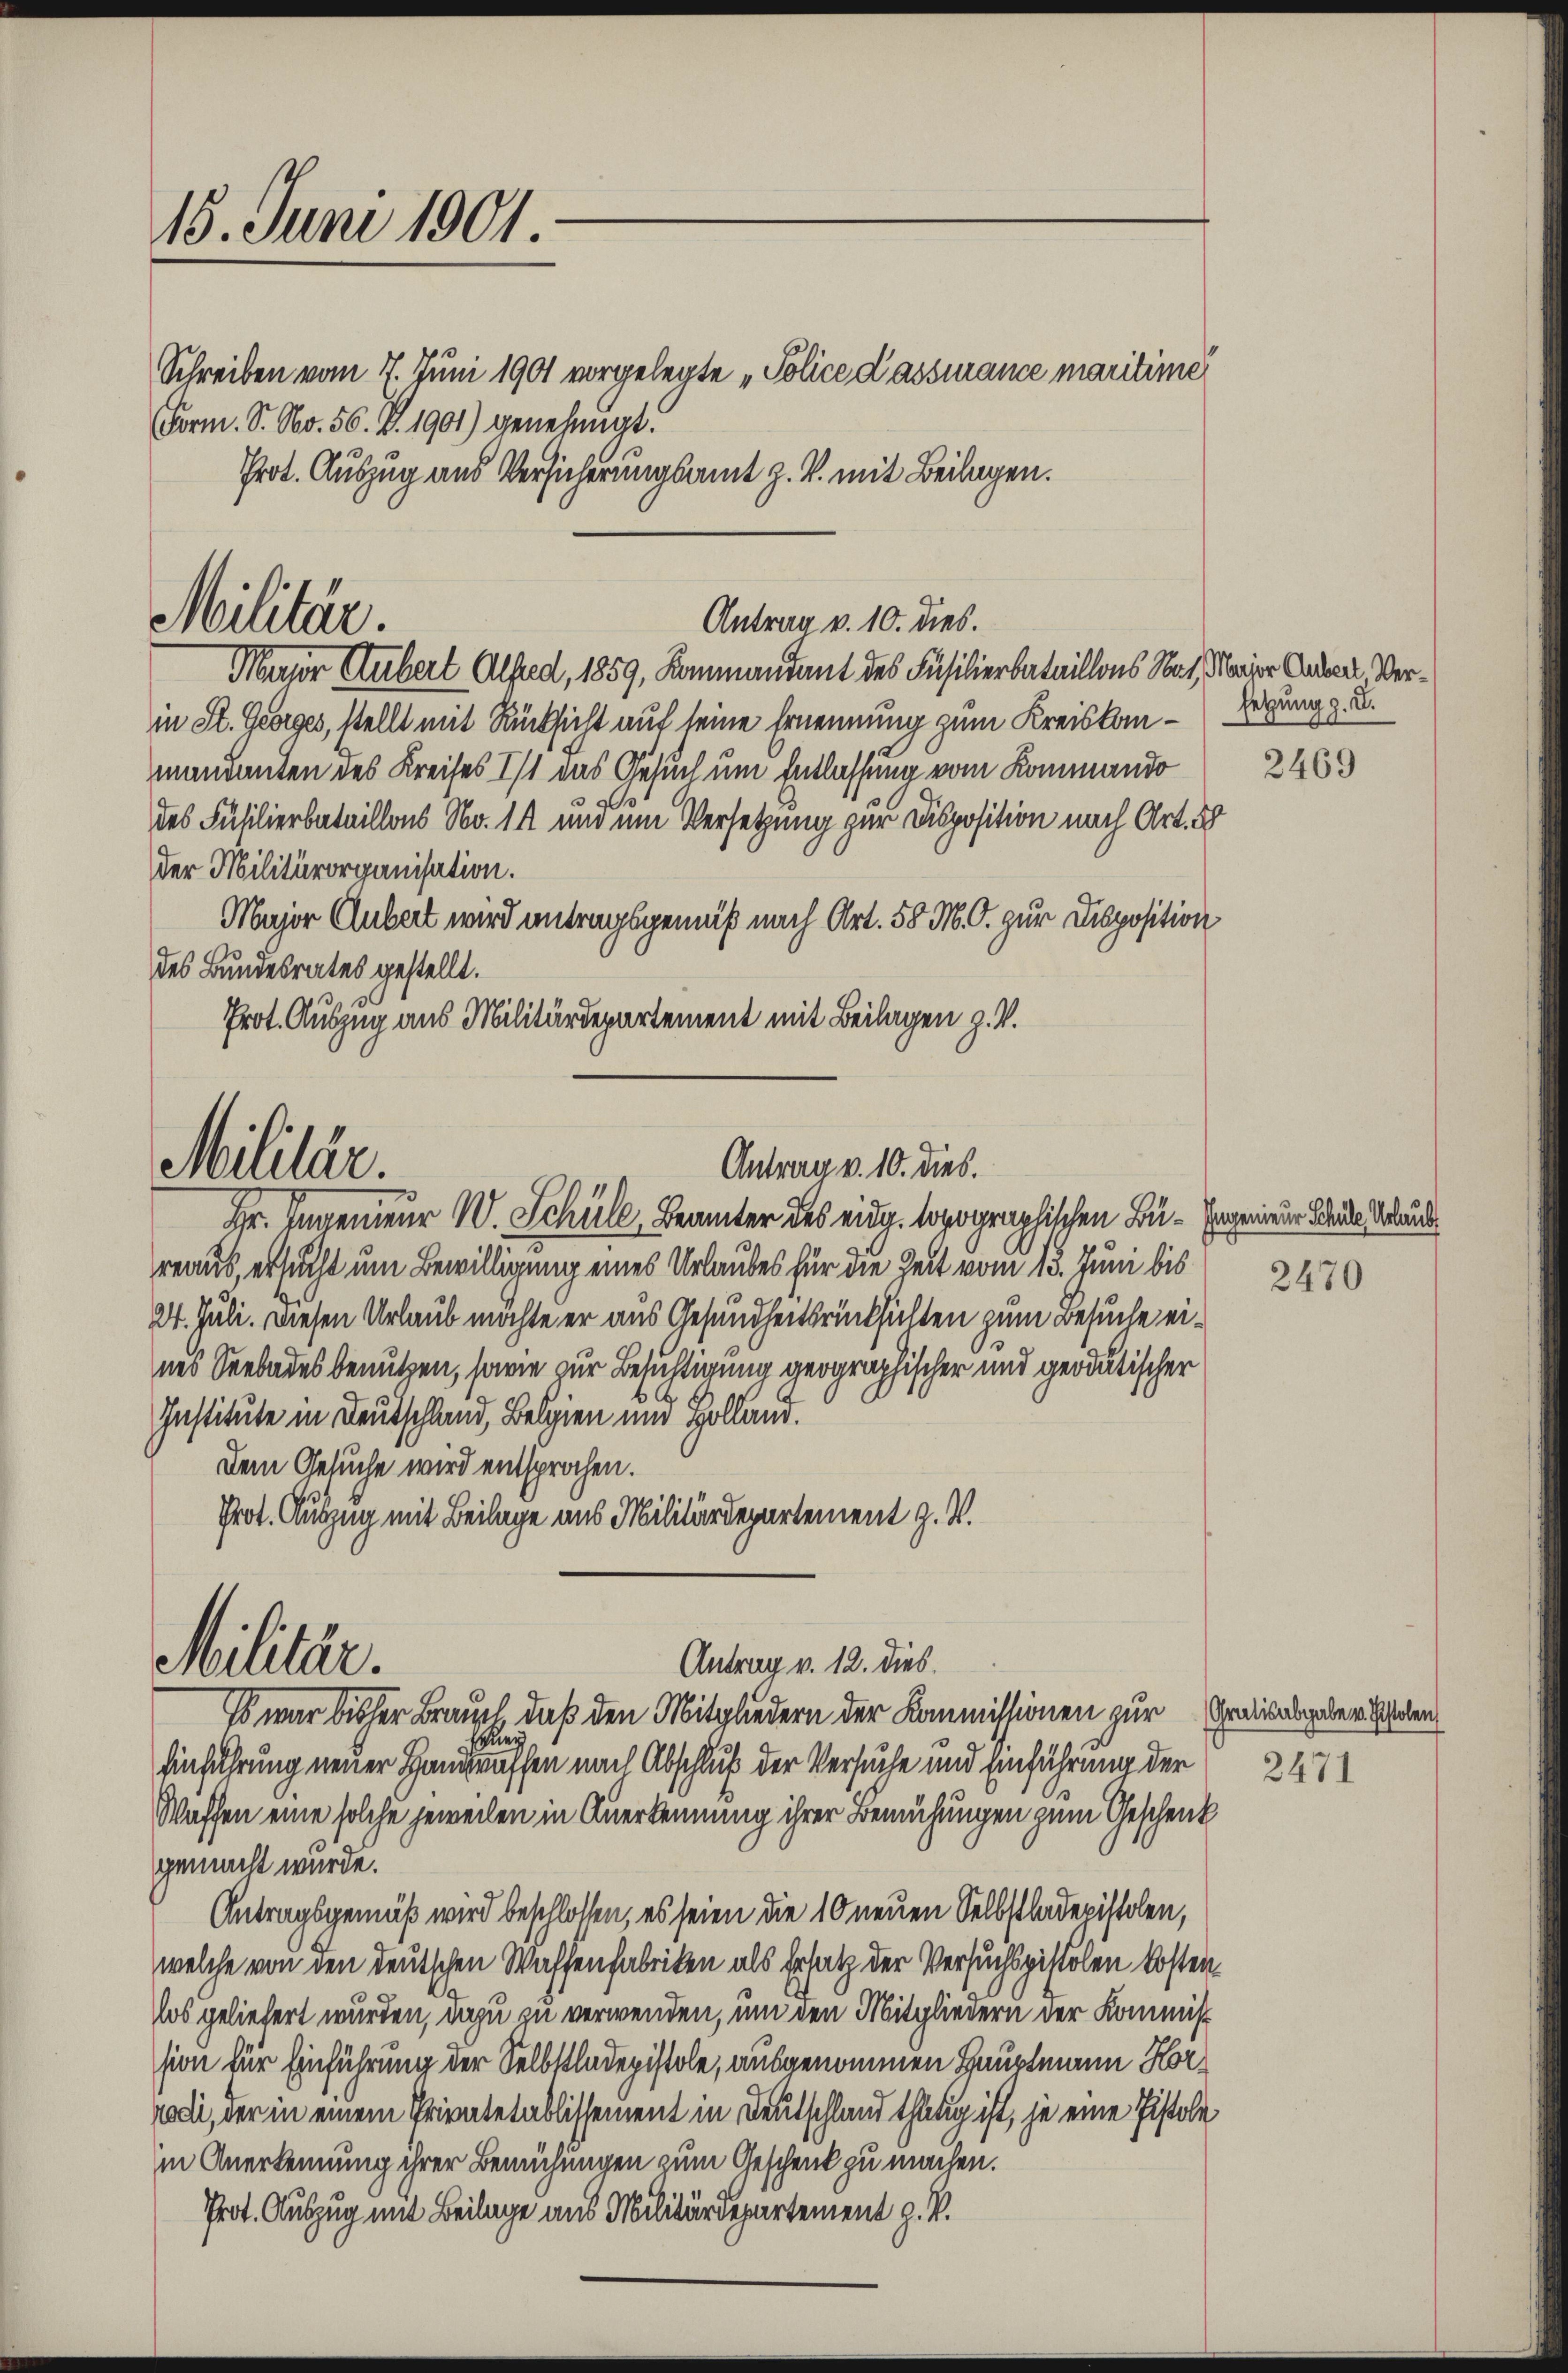
15. Juni 1901

Schreiben vom 7. Juni 1901 vorgelegte „Police d’assurance maritime
(Form. S. No. 56. V. 1901) genehmigt.
Prot. Auszug aus Versicherungsamt z. B. mit Beilagen.
Major Hubert Alfred, 1859, Kommandant des Füsilierbataillons Nat. Major Ander Verin St. Georges, stellt mit Rücksicht auf seine Ernennung zum Kreiskon-Hegung z. B.
mandanten des Kreises Ist das Gesuch um Entlassung vom Kommando
des Füsilierbataillons No. 14 und um Versetzung zur Disposition nach Art. 38
der Militärorganisation.
Major Gubert wird antragsgemäß nach Art. 58 M. G. zur Disposition
des Bundesrates gestellt.
Prot. Auszug aus Militärdepartement mit Beilagen z. V.

Militär.

Militär.
Antrag v. 10. dies.

Militär.

Antrag v. 10. dies.

Antrag v. 12. dies.

2469

Hr. Invenieur W. Schüll, Beamter des eidg. topographischen Bu-Egenieur deute au
reaus, ersucht um Bewilligung eines Urlaubes für die Zeit vom 13. Juni bis
24. Juli. Diesen Urlaub möchte er aus Gesundheitsrücksichten zum Besuche eines Seebades benutzen, sowie zur Besichtigung geographischer und geodatischer
Institute in Deutschland, Belgien und Holland.
Dem Gesuche wird entsprochen.
Prot. Auszug mit Beilage aus Militärdepartement z. B.
Es war bisher Brauch, daß den Mitgliedern der Kommissionen zur Gradesabgaber haben
n
Einführung neuer Hausraffen nach Abschluß der Versuche und Einführung der
Waffen eine solche jeweilen in Anerkennung ihrer Bemühungen zum Geschenk
gemacht wurde.
Antragsgemäß wird beschlossen, es seien die 10 neuen Selbstladepistolen,
welche von den deutschen Waffenfabriken als Ersatz der Versuchspistolen Kosten.
Nos geliefert wurden, dazu zu verwenden, um den Mitgliedern der Kommission für Einführung der Selbstladepistole, ausgenommen Hauptmann Horrodi, der in einem Privatetablissement in Deutschland thätig ist, je eine Pistole
in Anerkennung ihrer Bemühungen zum Geschenk zu machen.
Prot. Auszug mit Beilage aus Militärdepartement z. B.

2470

2471